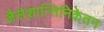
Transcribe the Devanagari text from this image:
जैसेशान्तिनिकेतन